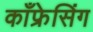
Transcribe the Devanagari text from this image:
काँफ्रेसिंग